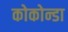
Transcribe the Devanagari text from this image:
कोकोन्डा